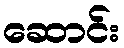
ဆောင်း